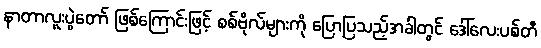
နာတာလူးပွဲတော် ဖြစ်ကြောင်းဖြင့် စစ်ဗိုလ်များကို ပြောပြသည့်အခါတွင် ဒေါ်လေးပစ်တီ